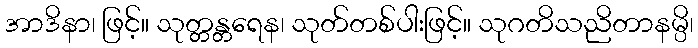
အာဒိနာ၊ ဖြင့်။ သုတ္တန္တရေန၊ သုတ်တစ်ပါးဖြင့်။ သုဂတိသညိတာနမ္ပိ၊